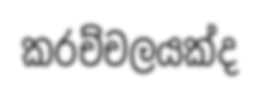
කරච්චලයක්ද